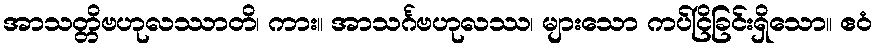
အာသတ္တိဗဟုလဿာတိ၊ ကား။ အာသင်္ဂဗဟုလဿ၊ များသော ကပ်ငြိခြင်းရှိသော။ ဧဝံ